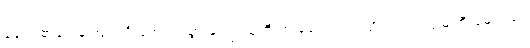
ခေါင်း၏ရှေ့မှ အရင်ဦးအောင် သွားနှင့်ကြသူတို့ က ခေါင်းဘက်သို့ လှည်၍ မြေကြီးခဲများဖြင့်